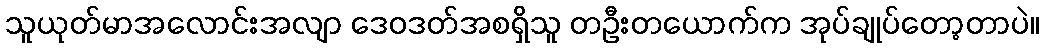
သူယုတ်မာအလောင်းအလျာ ဒေဝဒတ်အစရှိသူ တဦးတယောက်က အုပ်ချုပ်တော့တာပဲ။